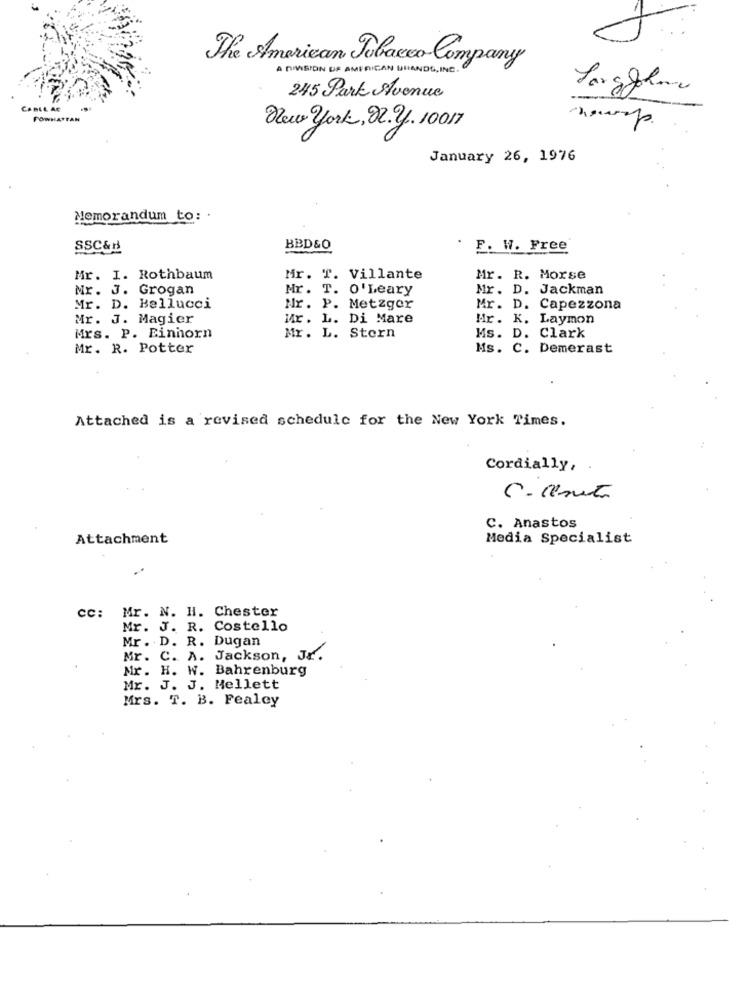
The American Tobacco Company
A DIVISION OF AMERICAN BRANDS, INC.
Largeohne
245 Park Avenue
--
FOWHATTAN
New york, 22.2. 10017
January 26, 1976
Memorandum to: .
SSC&B
BBD&O
F. W. Free
Mr. I. Rothbaum
Mr. T. Villante
Mr. R. Morse
Mr. J. Grogan
Mr. T. O'Leary
Mr. D. Jackman
Mr. D. Bellucci
Nr. P. Metzger
Mr. D. Capezzona
Mr. J. Magier
Mr. L. Di Mare
Mr. K. Laymon
Mrs. P. Einhorn
Mr. L. Stern
Ms. D. Clark
Mr. R. Potter
Ms. C. Demerast
Attached is a revised schedule for the New York Times.
Cordially,
C. ceset
C. Anastos
Attachment
Media Specialist
CC: Mr. N. H. Chester
Mr. J. R. Costello
Mr. D. R. Dugan
Mr. C. A. Jackson, Jr.
Mr. H. W. Bahrenburg
Mr. J. J. Mellett
Mrs. T. B. Fealey